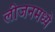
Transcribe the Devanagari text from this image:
लीजनमध्ये